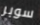
سوبر